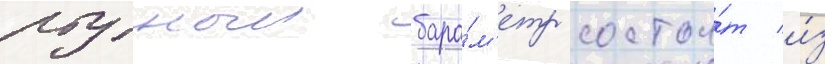
ртутныи баро́м'етр состои́т и́з